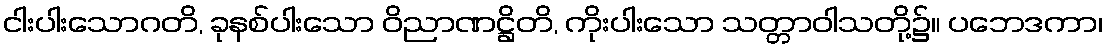
ငါးပါးသောဂတိ, ခုနစ်ပါးသော ဝိညာဏဋ္ဌိတိ, ကိုးပါးသော သတ္တာဝါသတို့၌။ ပဘေဒကာ၊